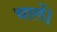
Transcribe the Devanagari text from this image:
चालें।